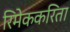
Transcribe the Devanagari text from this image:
रिमेककरिता